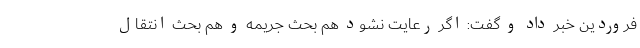
فروردین خبر داد و گفت: اگر رعایت نشود هم بحث جریمه و هم بحث انتقال